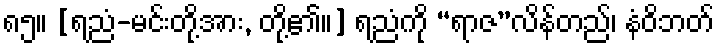
၈၅။ [ရညံ-မင်းတို့အား, တို့၏။] ရညံကို “ရာဇ”လိန်တည်၊ နံဝိဘတ်